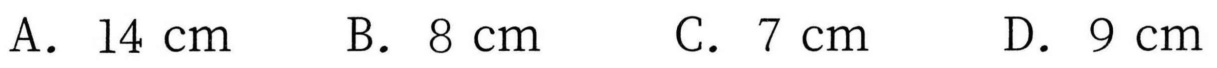
A. \(14\mathrm{cm}\)  B. \(8\mathrm{cm}\)  C. \(7\mathrm{cm}\)  D. \(9\mathrm{cm}\)